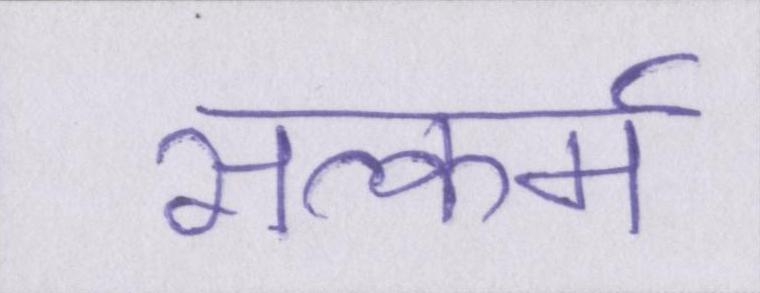
सत्कर्म